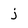
Character: i